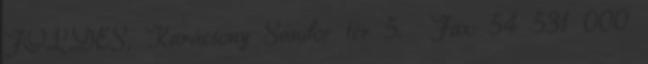
FÖLDES, Karácsony Sándor tér 5. Fax: 54 531 000